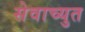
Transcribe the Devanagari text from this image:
सेवाच्युत